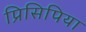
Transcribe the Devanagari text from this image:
प्रिसिपिया